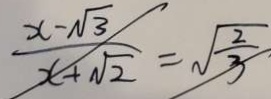
\frac { x - \sqrt { 3 } } { x + \sqrt { 2 } } = \sqrt { \frac { 2 } { 3 } }